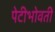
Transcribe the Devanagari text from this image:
पेटीभोवती